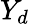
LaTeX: Y_{d}